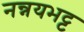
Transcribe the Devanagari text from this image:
नन्नयभट्ट